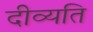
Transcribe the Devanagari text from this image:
दीव्यति